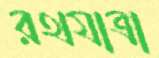
রথযাত্রা